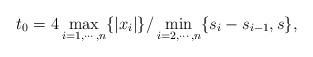
LaTeX: \begin{align*}t_0=4\max\limits_{i=1,\cdots,n}\{|x_i|\}/\min\limits_{i=2,\cdots,n}\{s_i-s_{i-1},s\},\end{align*}